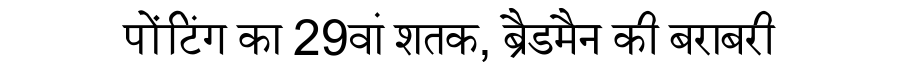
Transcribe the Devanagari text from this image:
पोंटिंग का 29वां शतक, ब्रैडमैन की बराबरी